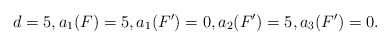
\begin{align*} d = 5, a_1(F) = 5, a_1(F') = 0, a_2(F') = 5, a_3(F') = 0.\end{align*}